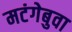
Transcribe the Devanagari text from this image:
मटंगेबुवा